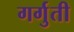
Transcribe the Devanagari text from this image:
गर्गुती